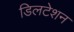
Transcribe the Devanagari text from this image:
डिलटेशन